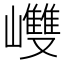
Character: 𡾼